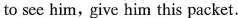
to see him, give him this packet.